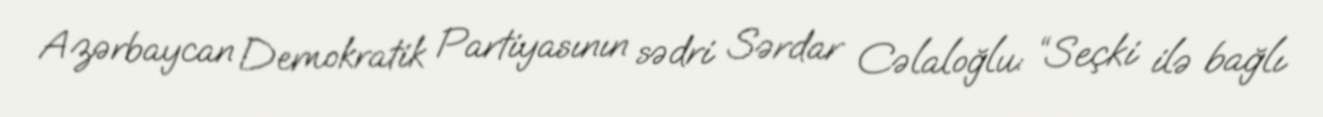
Azərbaycan Demokratik Partiyasının sədri Sərdar Cəlaloğlu: “Seçki ilə bağlı